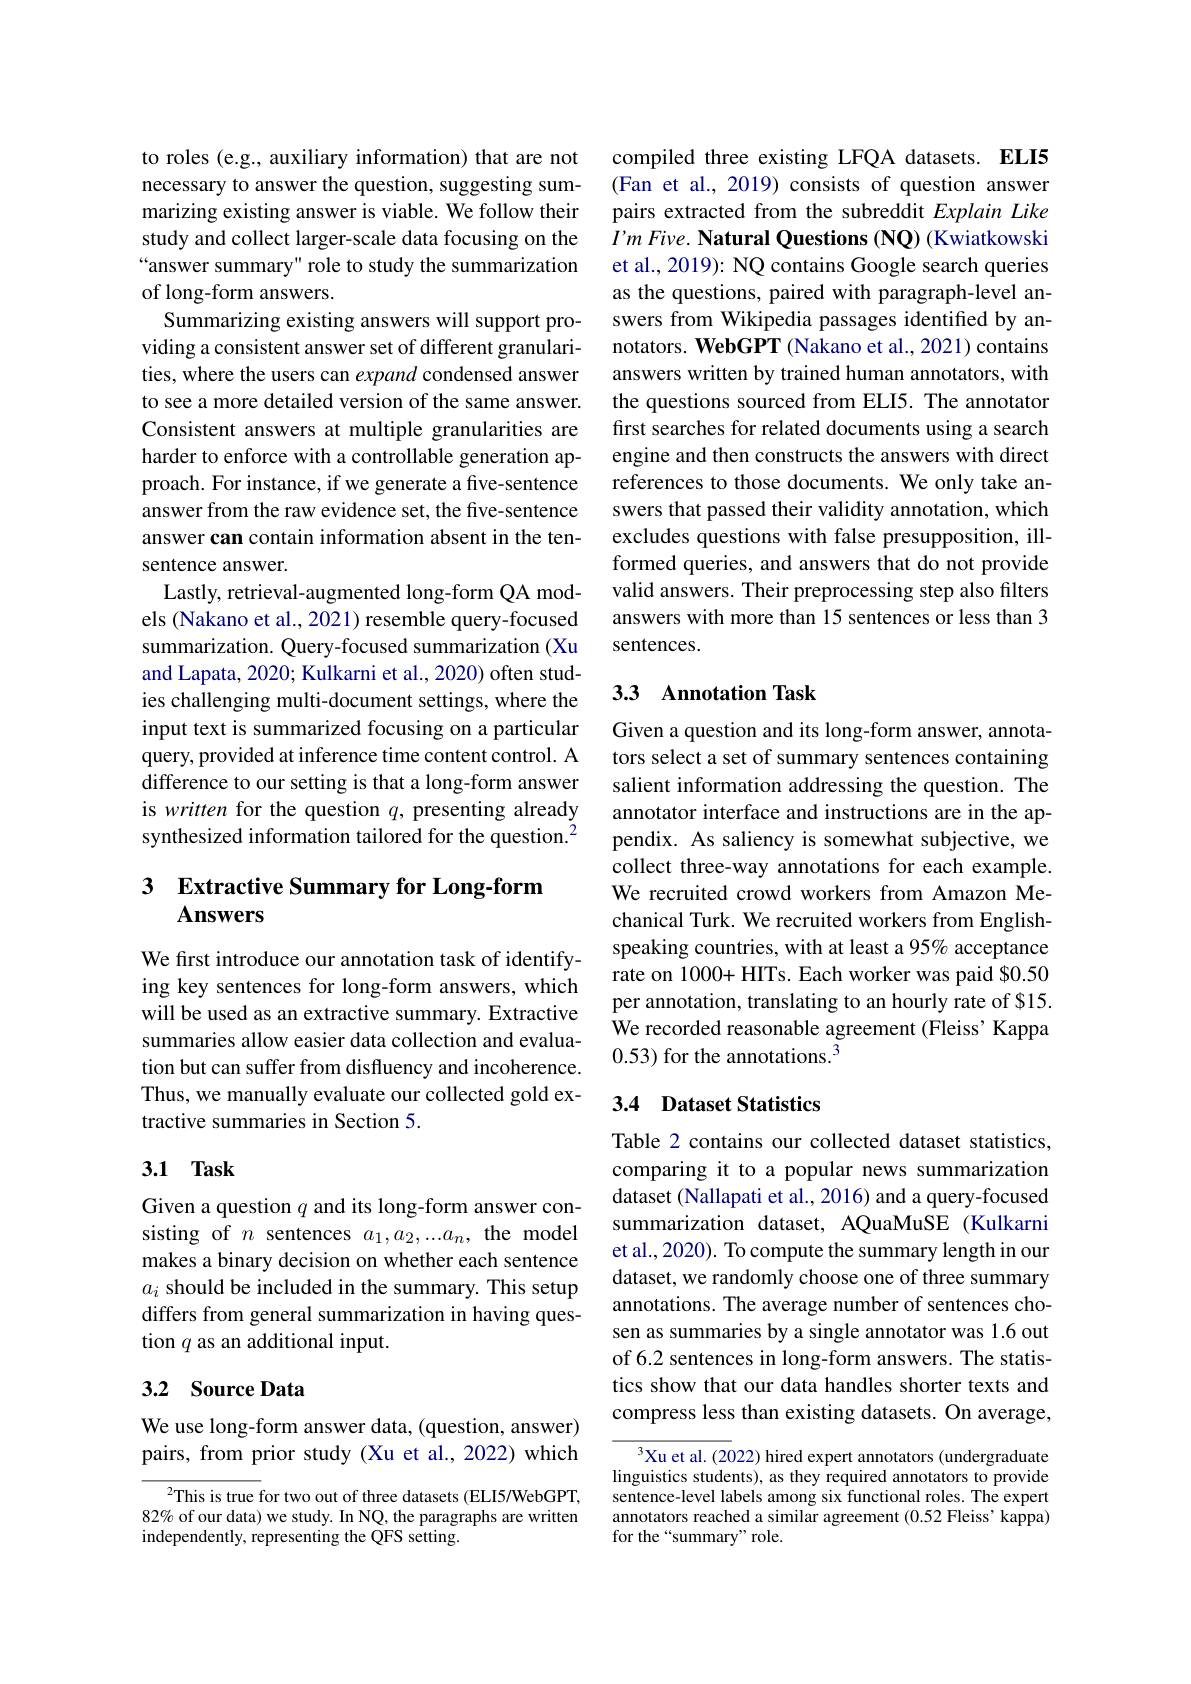
to roles (e.g., auxiliary information) that are not necessary to answer the question, suggesting summarizing existing answer is viable. We follow their study and collect larger-scale data focusing on the “answer summary" role to study the summarization of long-form answers.
Summarizing existing answers will support providing a consistent answer set of different granularities, where the users can expand condensed answer to see a more detailed version of the same answer. Consistent answers at multiple granularities are harder to enforce with a controllable generation approach. For instance, if we generate a fve-sentence answer from the raw evidence set, the five-sentence answer can contain information absent in the tensentence answer.
Lastly, retrieval-augmented long-form QA models (Nakano et al., 2021) resemble query-focused summarization. Query-focused summarization (Xu and Lapata, 2020; Kulkarni et al., 2020) often studies challenging multi-document settings, where the input text is summarized focusing on a particular query, provided at inference time content control. A difference to our setting is that a long-form answer is written for the question $q$, presenting already synthesized information tailored for the question.$^{2}$

## 3 Extractive Summary for Long-form Answers

We first introduce our annotation task of identifying key sentences for long-form answers, which will be used as an extractive summary. Extractive summaries allow easier data collection and evaluation but can suffer from disfluency and incoherence. Thus, we manually evaluate our collected gold extractive summaries in Section 5.

## 3.1 Task

Given a question $q$ and its long-form answer consisting of $n$ sentences $a_1,a_2,...a_n$, the model makes a binary decision on whether each sentence $a_i$ should be included in the summary. This setup differs from general summarization in having question $q$ as an additional input.

## 3.2 Source Data

We use long-form answer data, (question, answer) pairs, from prior study (Xu et al., 2022) which

$^2$This is true for two out of three datasets (ELI5/WebGPT, 82% of our data) we study. In NQ, the paragraphs are written independently, representing the QFS setting.

compiled three existing LFQA datasets. ELI5 (Fan et al., 2019) consists of question answer pairs extracted from the subreddit Explain Like $I^{\prime }mFive. \textbf{ Natural Questions ( NQ) ( Kwiatkowski}$ et al., 2019): NQ contains Google search queries as the questions, paired with paragraph-level answers from Wikipedia passages identified by annotators. WebGPT (Nakano et al., 2021) contains answers written by trained human annotators, with the questions sourced from ELI5. The annotator first searches for related documents using a search engine and then constructs the answers with direct references to those documents. We only take answers that passed their validity annotation, which excludes questions with false presupposition, illformed queries, and answers that do not provide valid answers. Their preprocessing step also filters answers with more than 15 sentences or less than 3 sentences.

## 3.3 Annotation Task

Given a question and its long-form answer, annotators select a set of summary sentences containing salient information addressing the question. The annotator interface and instructions are in the appendix. As saliency is somewhat subjective, we collect three-way annotations for each example. We recruited crowd workers from Amazon Mechanical Turk. We recruited workers from Englishspeaking countries, with at least a 95% acceptance rate on 1000+ HITs. Each worker was paid $0.50 per annotation, translating to an hourly rate of $15. We recorded reasonable agreement (Fleiss' Kappa 0.53) for the annotations.$^3$

## 3.4 Dataset Statistics

Table 2 contains our collected dataset statistics, comparing it to a popular news summarization dataset (Nallapati et al., 2016) and a query-focused summarization dataset, AQuaMuSE (Kulkarni et al., 2020). To compute the summary length in our dataset, we randomly choose one of three summary annotations. The average number of sentences chosen as summaries by a single annotator was 1.6 out of 6.2 sentences in long-form answers. The statistics show that our data handles shorter texts and compress less than existing datasets. On average,

$^3$Xu et al. (2022) hired expert annotators (undergraduate linguistics students), as they required annotators to provide sentence-level labels among six functional roles. The expert annotators reached a similar agreement (0.52 Fleiss' kappa) for the “summary”role.